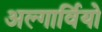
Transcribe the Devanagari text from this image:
अल्गार्वियो